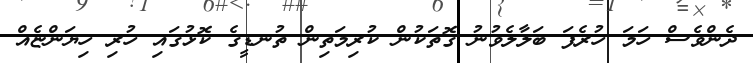
ދެންވެސް ހަމަ ހުރެފަ ބަލާލެވުނު ގޮތަކުން ކުރިމަތިން ތުނޑީގެ ކޮޅުގައި ހުރި ހިޔަންޏެއް